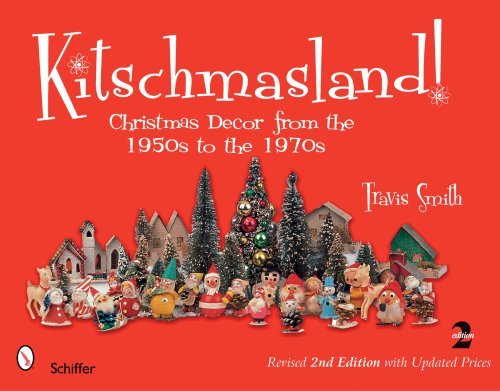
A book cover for Kitschmasland!: Christmas Decor from the 1950s to the 1970s; Travis Smith; Humor & Entertainment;